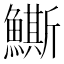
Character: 䲉